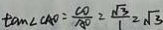
\tan \angle C A O = \frac { C O } { A O } = \frac { \sqrt { 3 } } { 1 } = \sqrt { 3 }